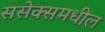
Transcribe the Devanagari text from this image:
ससेक्समधील